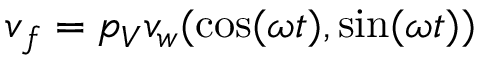
\boldsymbol v _ { f } = p _ { V } v _ { w } ( \cos ( \omega t ) , \sin ( \omega t ) )